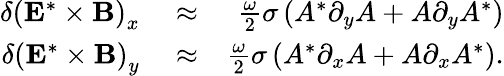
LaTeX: \begin{array}{rlr}{\delta\left({\mathbf E}^{*}\times{\mathbf B}\right)_{x}}&{{}\approx}&{\frac{\omega}{2}\sigma\left(A^{*}\partial_{y}A+A\partial_{y}A^{*}\right)}\\ {\delta\left({\mathbf E}^{*}\times{\mathbf B}\right)_{y}}&{{}\approx}&{\frac{\omega}{2}\sigma\left(A^{*}\partial_{x}A+A\partial_{x}A^{*}\right).}\end{array}